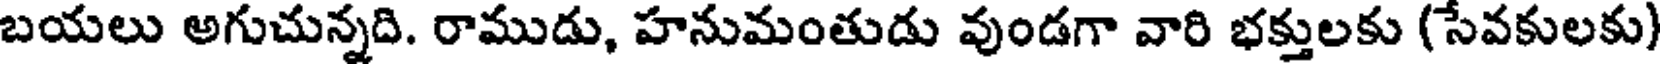
బయలు అగుచున్నది. రాముడు, హనుమంతుడు వుండగా వారి భక్తులకు (సేవకులకు)